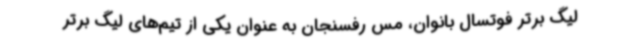
لیگ برتر فوتسال بانوان، مس رفسنجان به عنوان یکی از تیم‌های لیگ برتر